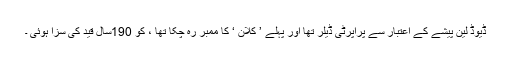
ڈیوڈ لین پیشے کے اعتبار سے پراپرٹی ڈیلر تھا اور پہلے ’ کلان ‘ کا ممبر رہ چکا تھا ، کو 190سال قید کی سزا ہوئی ۔